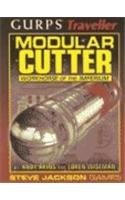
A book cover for GURPS Traveller Modular Cutter; Andy Akins; Science Fiction & Fantasy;